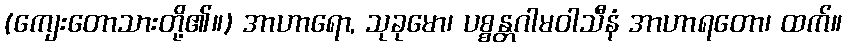
(ကျေးတောသားတို့၏။) အာဟာရော, သုခုမော၊ ပစ္စန္တဂါမဝါသီနံ အာဟာရတော၊ ထက်။